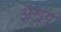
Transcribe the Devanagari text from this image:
अॅन्ड्र्यू